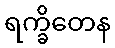
ရက္ခိတေန